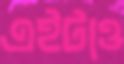
এইটাও